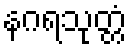
နဂရသုတ္တံ